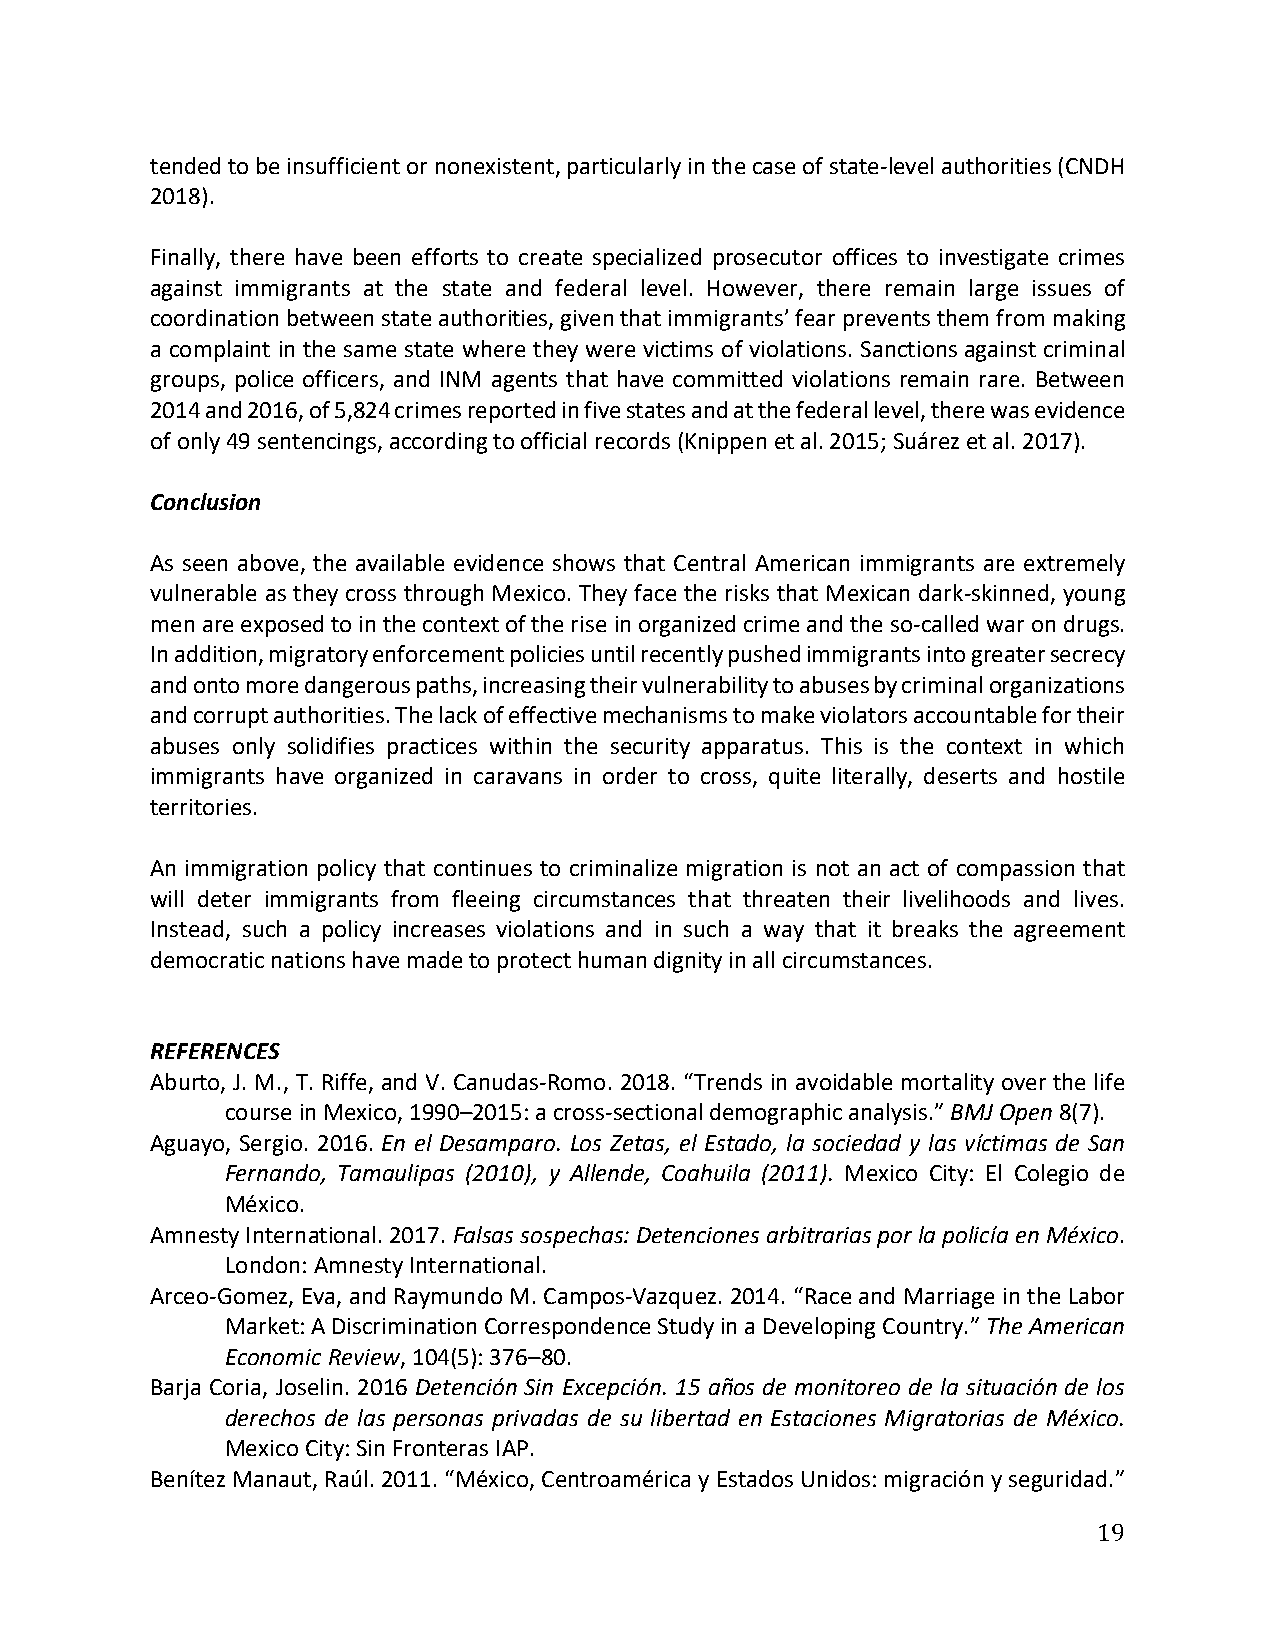
tended to be insufficient or nonexistent, particularly in the case of state-level authorities (CNDH
 2018).
 Finally, there have been efforts to create specialized prosecutor offices to investigate crimes
 against immigrants at the state and federal level. However, there remain large issues of
 coordination between state authorities, given that immigrants’ fear prevents them from making
 a complaint in the same state where they were victims of violations. Sanctions against criminal
 groups, police officers, and INM agents that have committed violations remain rare. Between
 2014 and 2016, of 5,824 crimes reported in five states and at the federal level, there was evidence
 of only 49 sentencings, according to official records (Knippen et al. 2015; Suárez et al. 2017).
 Conclusion
 As seen above, the available evidence shows that Central American immigrants are extremely
 vulnerable as they cross through Mexico. They face the risks that Mexican dark-skinned, young
 men are exposed to in the context of the rise in organized crime and the so-called war on drugs.
 In addition, migratory enforcement policies until recently pushed immigrants into greater secrecy
 and onto more dangerous paths, increasing their vulnerability to abuses by criminal organizations
 and corrupt authorities. The lack of effective mechanisms to make violators accountable for their
 abuses only solidifies practices within the security apparatus. This is the context in which
 immigrants have organized in caravans in order to cross, quite literally, deserts and hostile
 territories.
 An immigration policy that continues to criminalize migration is not an act of compassion that
 will deter immigrants from fleeing circumstances that threaten their livelihoods and lives.
 Instead, such a policy increases violations and in such a way that it breaks the agreement
 democratic nations have made to protect human dignity in all circumstances.
 REFERENCES
 Aburto, J. M., T. Riffe, and V. Canudas-Romo. 2018. “Trends in avoidable mortality over the life
 course in Mexico, 1990–2015: a cross-sectional demographic analysis.” BMJ Open 8(7).
 Aguayo, Sergio. 2016. En el Desamparo. Los Zetas, el Estado, la sociedad y las víctimas de San
 Fernando, Tamaulipas (2010), y Allende, Coahuila (2011). Mexico City: El Colegio de
 México.
 Amnesty International. 2017. Falsas sospechas: Detenciones arbitrarias por la policía en México.
 London: Amnesty International.
 Arceo-Gomez, Eva, and Raymundo M. Campos-Vazquez. 2014. “Race and Marriage in the Labor
 Market: A Discrimination Correspondence Study in a Developing Country.” The American
 Economic Review, 104(5): 376–80.
 Barja Coria, Joselin. 2016 Detención Sin Excepción. 15 años de monitoreo de la situación de los
 derechos de las personas privadas de su libertad en Estaciones Migratorias de México.
 Mexico City: Sin Fronteras IAP.
 Benítez Manaut, Raúl. 2011. “México, Centroamérica y Estados Unidos: migración y seguridad.”
 19